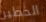
الخطير